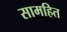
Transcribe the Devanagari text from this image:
सामहित